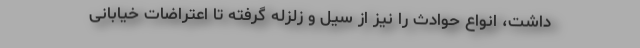
داشت، انواع حوادث را نیز از سیل و زلزله گرفته تا اعتراضات خیابانی